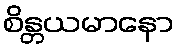
စိန္တယမာနော